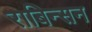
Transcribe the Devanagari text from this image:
राबिन्सन